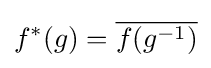
f^{*}(g)={\overline {f(g^{-1})}}